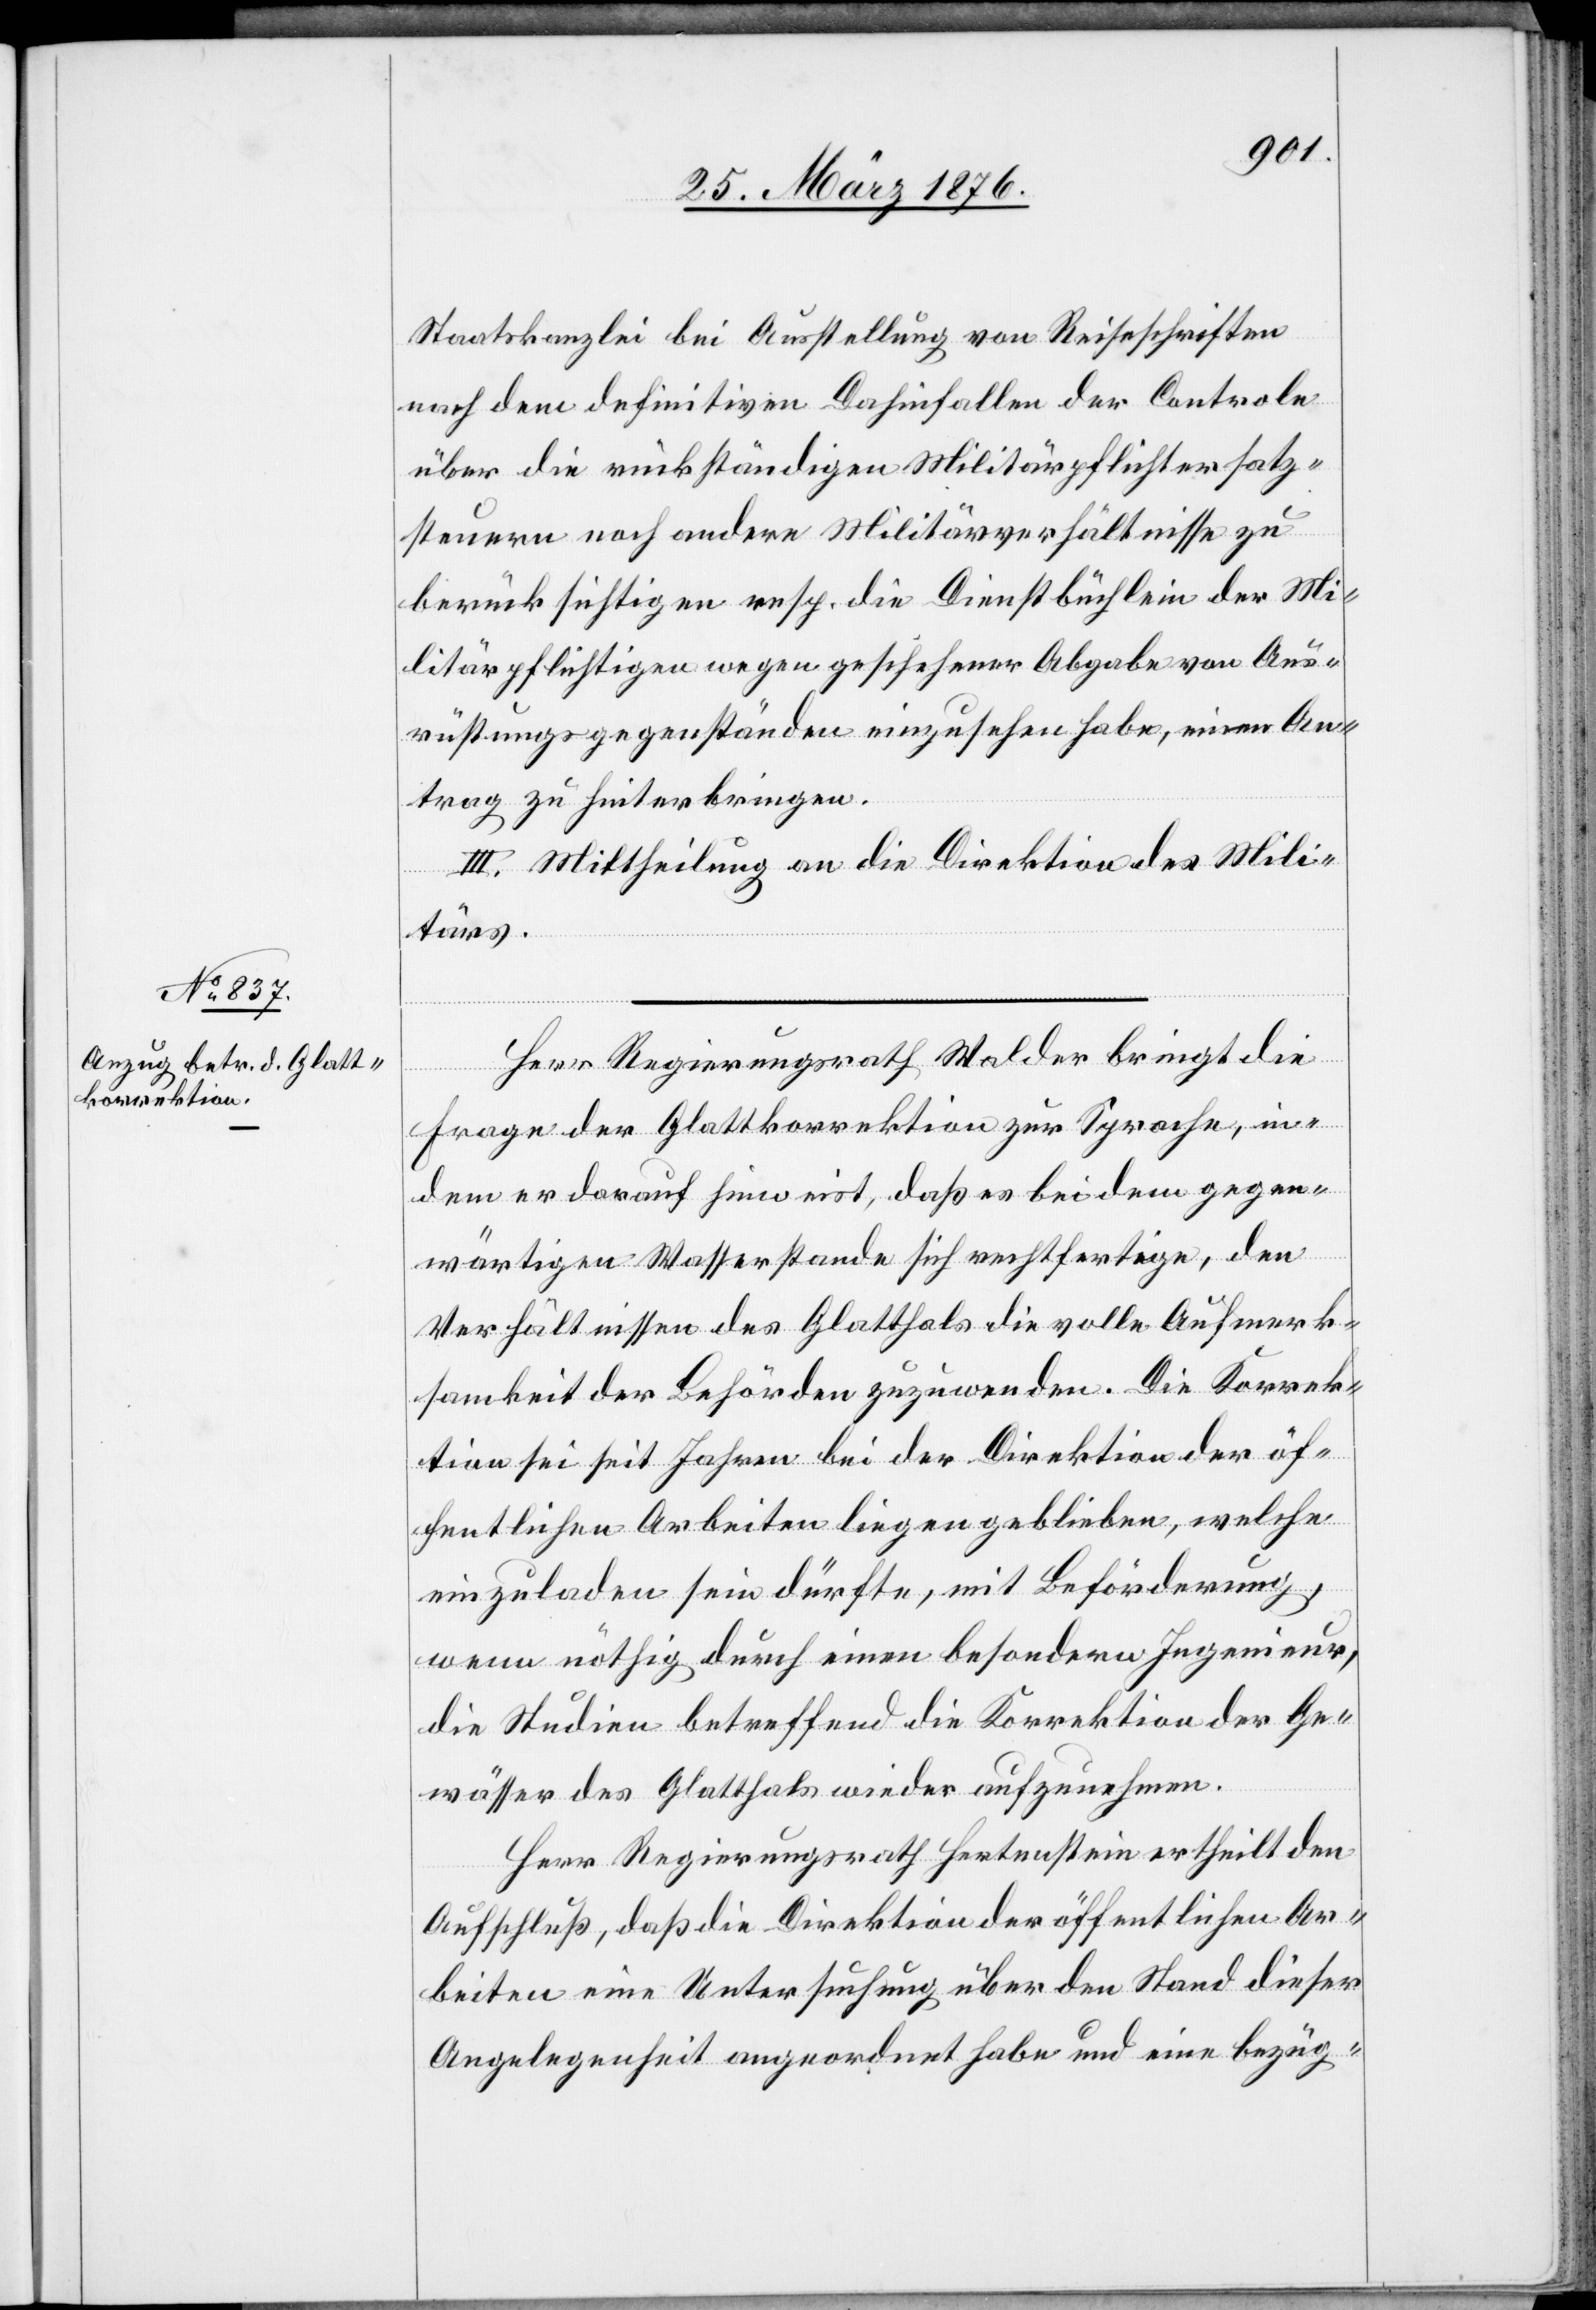
Staatskanzlei bei Ausstellung von Reiseschriften
nach dem definitiven Dahinfallen der Controle
über die rückständigen Militärpflichtersatz¬
steuern noch andere Militärverhältnisse zu
berücksichtigen resp. die Dienstbüchlein der Mi¬
litärpflichtigen wegen geschehener Abgabe von Aus¬
rüstungsgegenständen einzusehen habe, einen An¬
trag zu hinterbringen.
III. Mittheilung an die Direktion des Mili¬
tärs.
Herr Regierungsrath Walder bringt die
Frage der Glattkorrektion zur Sprache, in¬
dem er darauf hinweist, daß es bei dem gegen¬
wärtigen Wasserstande sich rechtfertige, den
Verhältnissen des Glatthals die volle Aufmerk¬
samkeit der Behörden zuzuwenden. Die Korrek¬
tion sei seit Jahren bei der Direktion der öf¬
fentlichen Arbeiten liegen geblieben, welche
einzuladen sein dürfte, mit Beförderung,
wenn nöthig durch einen besondern Ingenieur,
die Studien betreffend die Korrektion der Ge¬
wässer des Glatthals wieder aufzunehmen.
Herr Regierungsrath Hertenstein ertheilt den
Aufschluß, daß die Direktion der öffentlichen Ar¬
beiten eine Untersuchung über den Stand dieser
Angelegenheit angeordnet habe und eine bezüg-